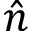
\hat { n }